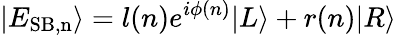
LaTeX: |E_{\mathrm{SB,n}}\rangle=l(n)e^{i\phi(n)}|L\rangle+r(n)|R\rangle